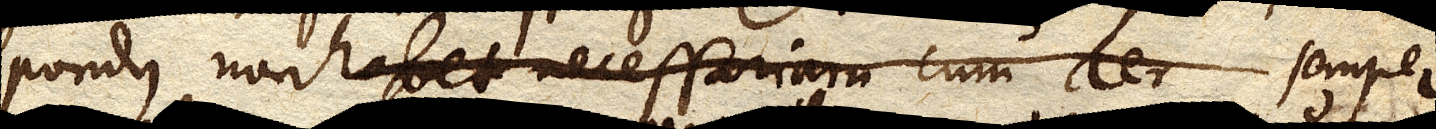
pondus non habet necessariam cum aer semper